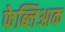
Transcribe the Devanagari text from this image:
फेब्लिआक